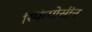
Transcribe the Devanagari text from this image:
स्फिंगोसीन